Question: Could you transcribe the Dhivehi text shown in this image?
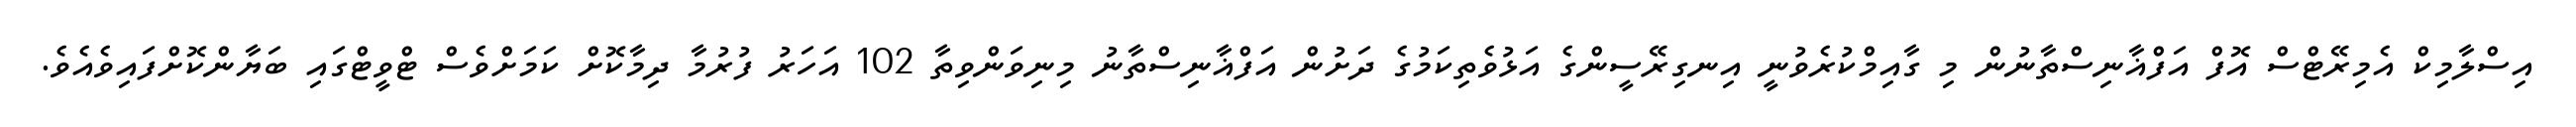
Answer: އިސްލާމިކް އެމިރޭޓްސް އޮފް އަފްޣާނިސްތާނުން މި ގާއިމްކުރެވުނީ އިނގިރޭސީންގެ އަޅުވެތިކަމުގެ ދަށުން އަފްޣާނިސްތާނު މިނިވަންވިތާ 102 އަހަރު ފުރުމާ ދިމާކޮށް ކަމަށްވެސް ޓްވީޓްގައި ބަޔާންކޮށްފައިވެއެވެ.